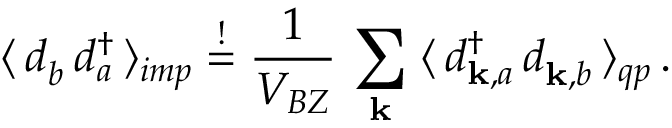
\langle \, d _ { b } ^ { \phantom { \dagger } } \, d _ { a } ^ { \dagger } \, \rangle _ { i m p } \overset { ! } { = } \frac { 1 } { V _ { B Z } } \, \sum _ { \mathbf { k } } \; \langle \, d _ { \mathbf { k } , a } ^ { \dagger } \, d _ { \mathbf { k } , b } ^ { \phantom { \dagger } } \, \rangle _ { q p } \, .